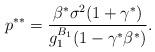
LaTeX: \begin{align*}p^{**}=\frac{\beta^{*}\sigma^2(1+\gamma^*)}{g_1^{B_1}(1-\gamma^*\beta^{*})}.\end{align*}